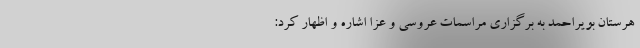
هرستان بویراحمد به برگزاری مراسمات عروسی و عزا اشاره و اظهار کرد: